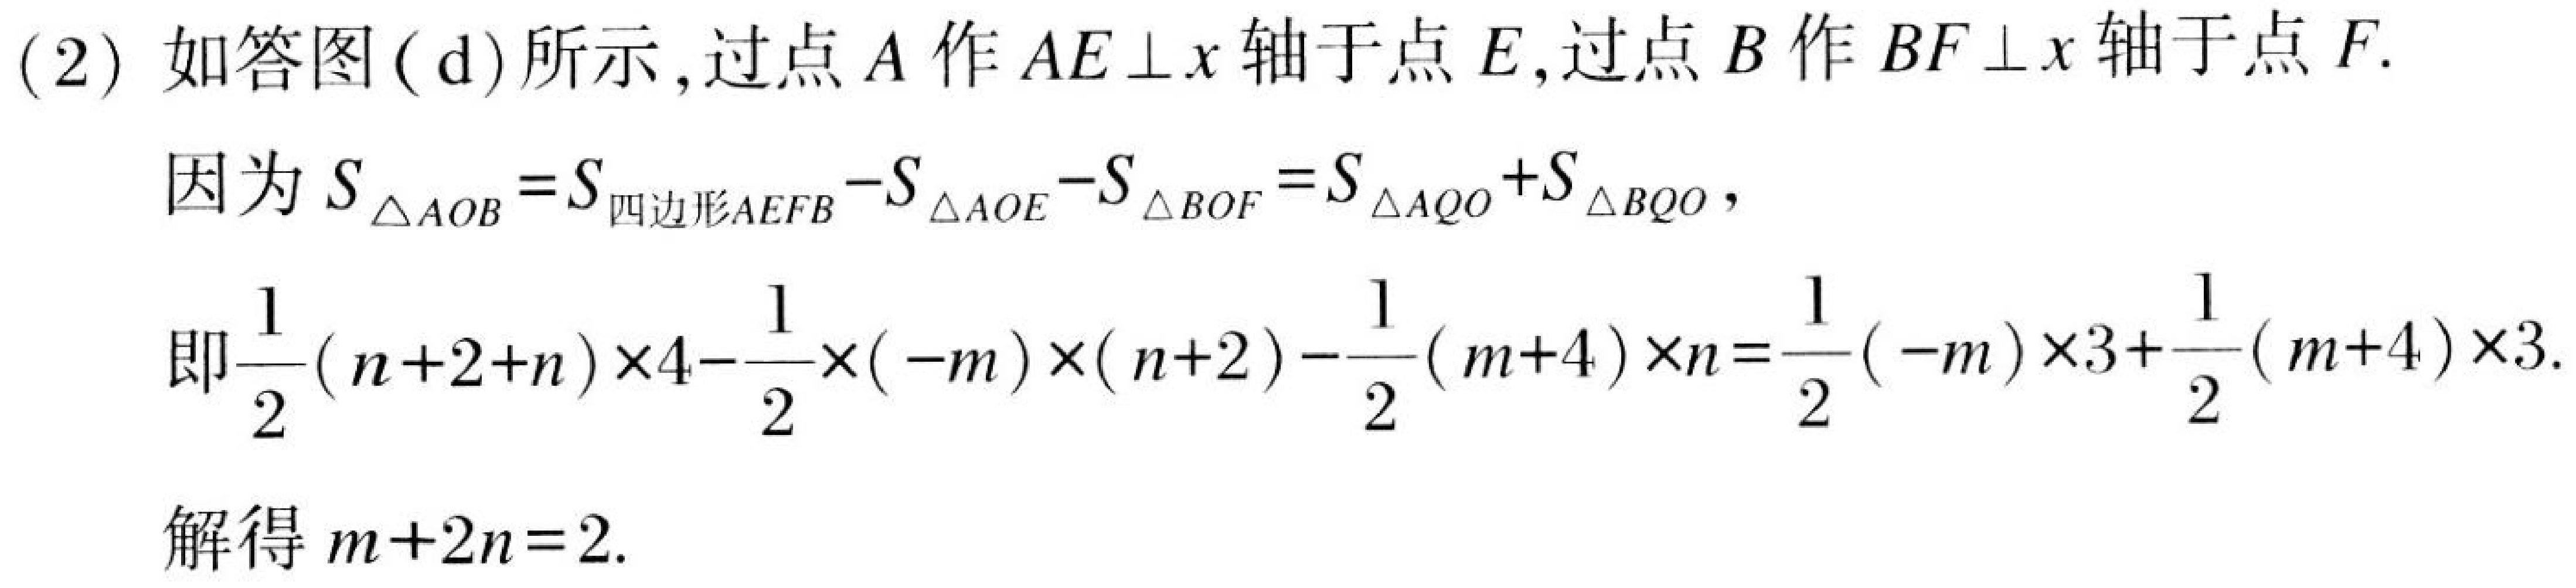
(2) 如答图(d)所示，过点$A$作$AE\perp x$轴于点$E$，过点$B$作$BF\perp x$轴于点$F$.
因为$S_{\triangle AOB}=S_{四边形AEFB}-S_{\triangle AOE}-S_{\triangle BOF}=S_{\triangle AQO}+S_{\triangle BQO}$，
即$\frac{1}{2}(n + 2 + n)\times4-\frac{1}{2}\times(-m)\times(n + 2)-\frac{1}{2}(m + 4)\times n=\frac{1}{2}(-m)\times3+\frac{1}{2}(m + 4)\times3$.
解得$m + 2n = 2$.